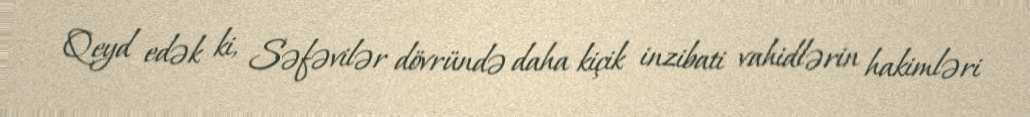
Qeyd edək ki, Səfəvilər dövründə daha kiçik inzibati vahidlərin hakimləri